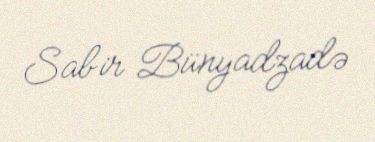
Sabir Bünyadzadə